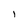
Character: I